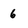
Character: 6